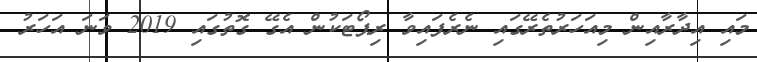
މައި އިދާރާއިން މިއަހަރުތެރޭގައި ނެރެފައިވާ ރިޕޯޓަކުން އެގޭ ގޮތުގައި 2019 ވަނަ އަހަރު